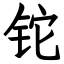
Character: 铊